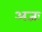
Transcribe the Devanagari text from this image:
अजः